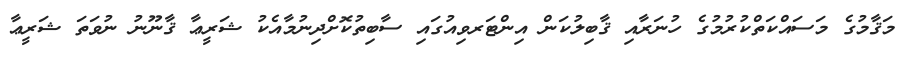
މަޤާމުގެ މަސައްކަތްކުރުމުގެ ހުނަރާއި ޤާބިލުކަން އިންޓަރވިއުގައި ސާބިތުކޮށްދިނުމާއެކު ޝަރީޢާ ޤާނޫނު ނުވަތަ ޝަރީޢާ